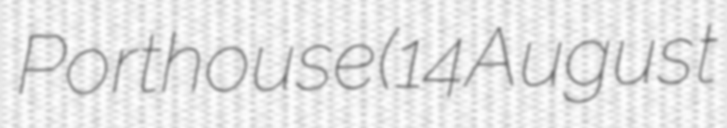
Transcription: Porthouse (14 August